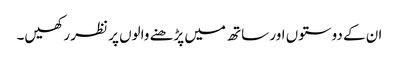
ان کے دوستوں اور ساتھ میں پڑھنے والوں پر نظر رکھیں۔